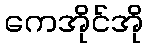
ကေအိုင်အို